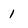
Character: 1